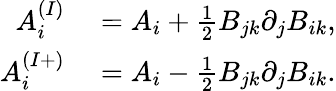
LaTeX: \begin{array}{rl}{A_{i}^{(I)}}&{{}=A_{i}+\frac{1}{2}B_{jk}\partial_{j}B_{ik},}\\ {A_{i}^{(I+)}}&{{}=A_{i}-\frac{1}{2}B_{jk}\partial_{j}B_{ik}.}\end{array}